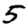
Digit: 5